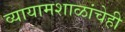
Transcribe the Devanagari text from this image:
व्यायामशाळांचेही